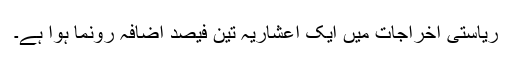
ریاستی اخراجات میں ایک اعشاریہ تین فیصد اضافہ رونما ہوا ہے۔